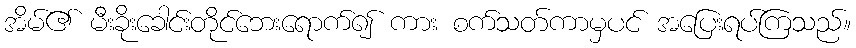
အိမ်၏ မီးခိုးခေါင်းတိုင်ဘေးရောက်၍ ကား စက်သတ်ကာမှပင် အပြေးရပ်ကြသည်။